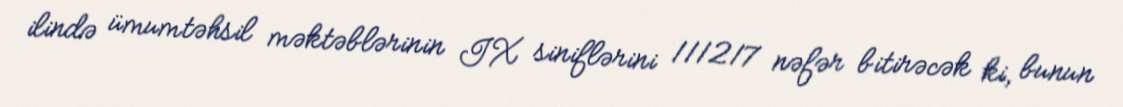
ilində ümumtəhsil məktəblərinin IX siniflərini 111217 nəfər bitirəcək ki, bunun